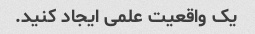
یک واقعیت علمی ایجاد کنید.